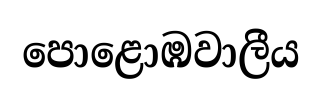
පොළොඹවාලීය